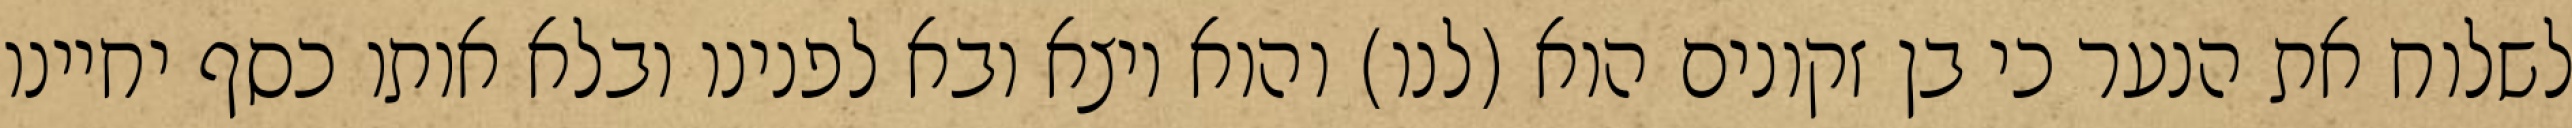
לשלוח את הנער כי בן זקונים הוא (לנו) והוא יוצא ובא לפנינו ובלא אותו כסף יחיינו